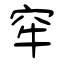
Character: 窂